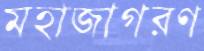
মহাজাগরণ